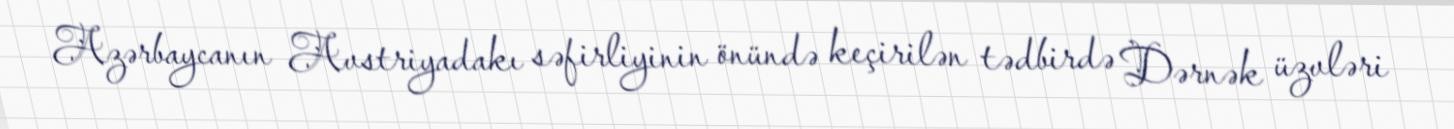
Azərbaycanın Avstriyadakı səfirliyinin önündə keçirilən tədbirdə Dərnək üzvləri